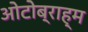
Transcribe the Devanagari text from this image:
ओटोब्राह्म